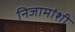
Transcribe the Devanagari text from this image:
निजामांशी